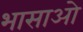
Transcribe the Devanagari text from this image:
भासाओ